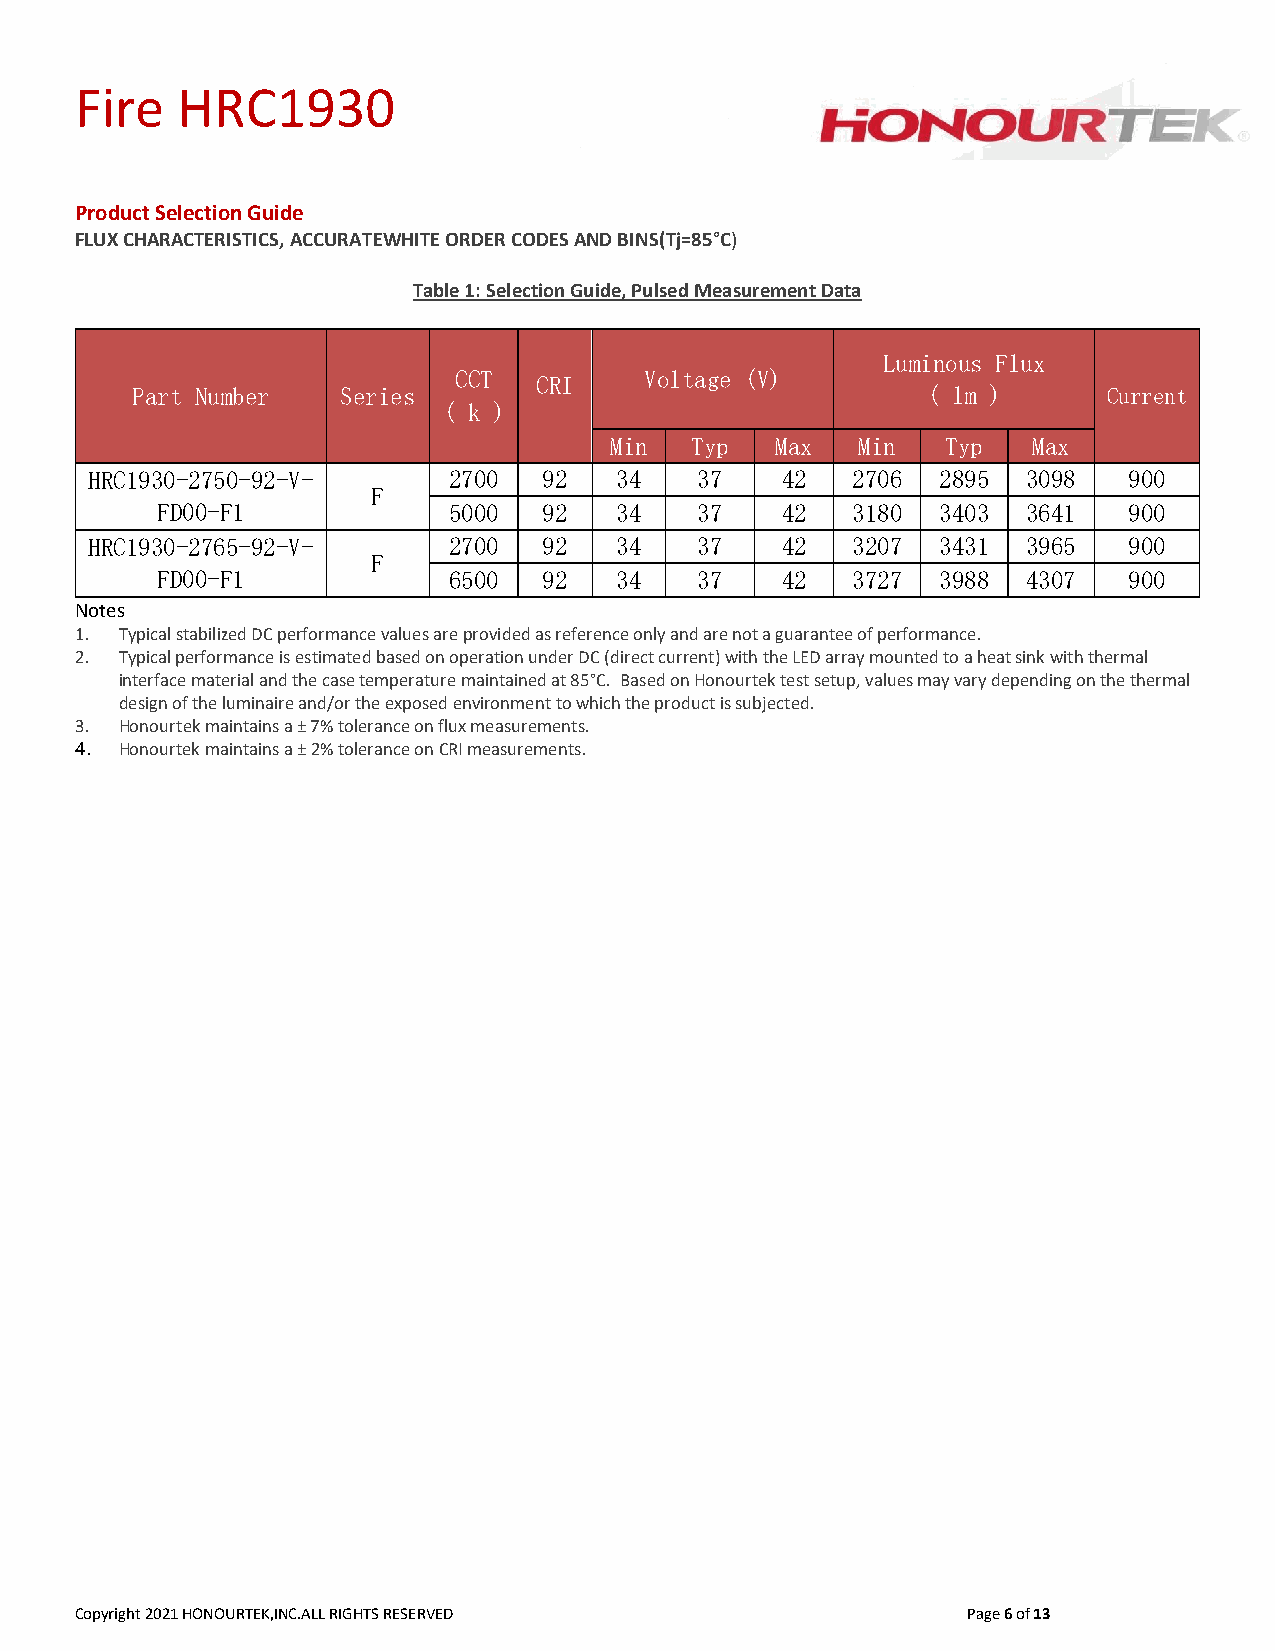
Fire   HRC1930
 Product Selection Guide
 FLUX CHARACTERISTICS, ACCURATEWHITE ORDER CODES AND BINS(Tj=85°C)
 Table 1: Selection Guide, Pulsed Measurement Data
 Luminous Flux
 CCT  CRI     Voltage (V)
 Part Number   Series                                ( lm )      Current
 ( k )
 Min   Typ  Max   Min   Typ  Max
 HRC1930-2750-92-V-      2700  92   34   37    42  2706  2895  3098   900
 F
 FD00-F1             5000  92   34   37    42  3180  3403  3641   900
 HRC1930-2765-92-V-      2700  92   34   37    42  3207  3431  3965   900
 F
 FD00-F1             6500  92   34   37    42  3727  3988  4307   900
 Notes
 1. Typical stabilized DC performance values are provided as reference only and are not a guarantee of performance.
 2. Typical performance is estimated based on operation under DC (direct current) with the LED array mounted to a heat sink with thermal
 interface material and the case temperature maintained at 85°C. Based on Honourtek test setup, values may vary depending on the thermal
 design of the luminaire and/or the exposed environment to which the product is subjected.
 3. Honourtek maintains a ± 7% tolerance on flux measurements.
 4. Honourtek maintains a ± 2% tolerance on CRI measurements.
 Copyright 2021 HONOURTEK,INC.ALL RIGHTS RESERVED           Page 6 of 13